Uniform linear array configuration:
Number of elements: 24
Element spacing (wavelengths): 0.75
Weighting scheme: binomial
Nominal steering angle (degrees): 15
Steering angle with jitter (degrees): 16.621
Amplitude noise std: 0.05
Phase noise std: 0.05

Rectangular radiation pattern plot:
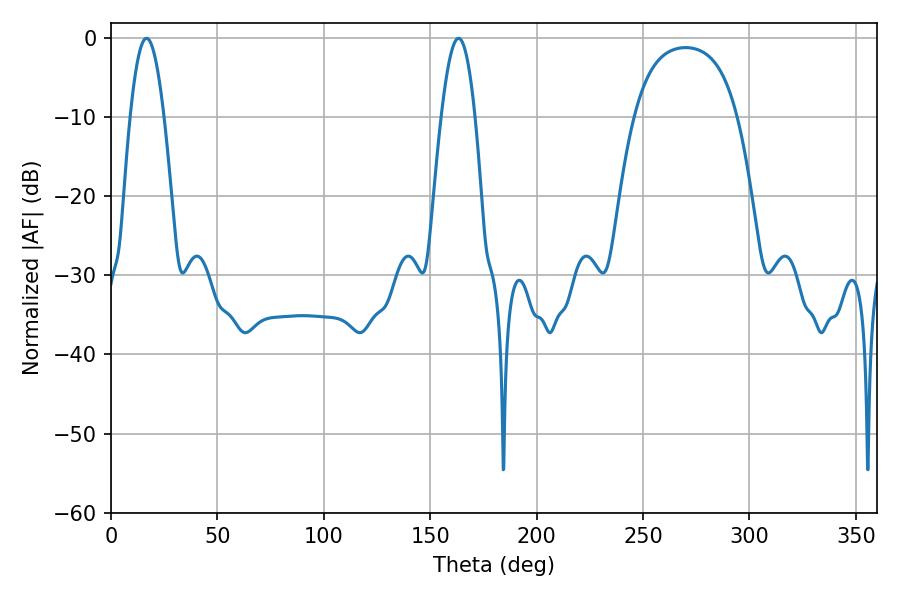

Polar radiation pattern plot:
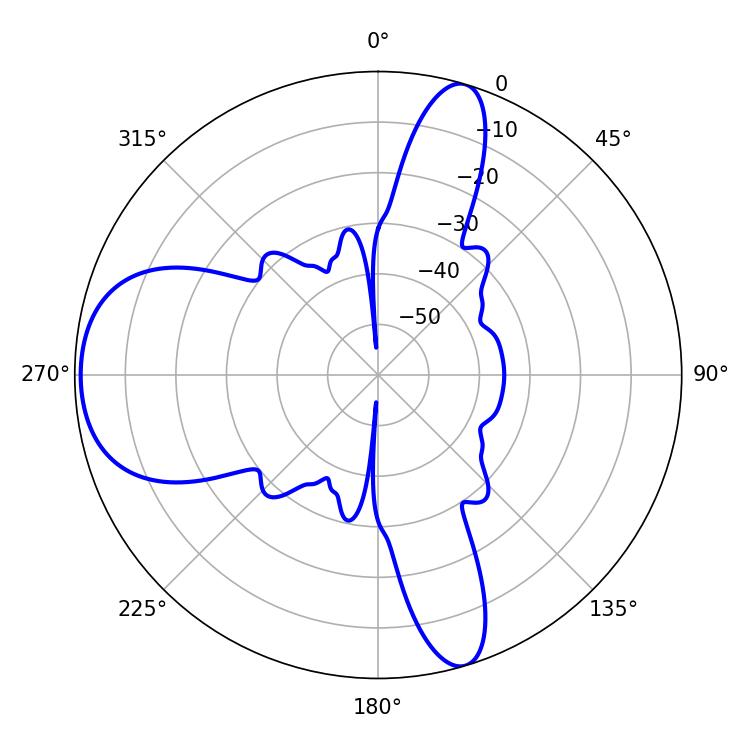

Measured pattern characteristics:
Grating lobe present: TRUE
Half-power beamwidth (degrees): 8.64
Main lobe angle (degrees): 163.26